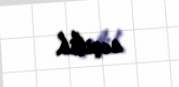
seçilib.